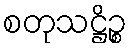
စတုသဋ္ဌိဉ္စ